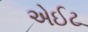
એઈટ